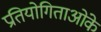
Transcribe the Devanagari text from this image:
प्रतियोगिताओंके